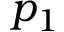
p _ { 1 }